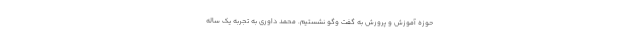
حوزه آموزش و پرورش به گفت وگو نشستیم. محمد داوری به تجربه یک ساله